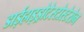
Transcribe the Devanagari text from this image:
डाईहाइड्रोटेस्टोस्टेरोन